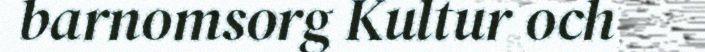
barnomsorg Kultur och